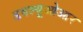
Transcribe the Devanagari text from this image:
डबल्यूओआर